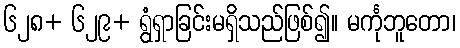
၆၂၈+ ၆၂၉+ ရွံရှာခြင်းမရှိသည်ဖြစ်၍။ မင်္ကုဘူတော၊